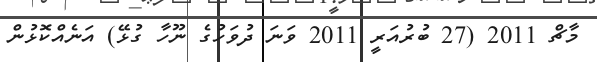
މާޗް 2011 (27 ބުރުއަރީ 2011 ވަނަ ދުވަހުގެ ނޫހާ ގުޅޭ) އަނެއްކޮޅުން